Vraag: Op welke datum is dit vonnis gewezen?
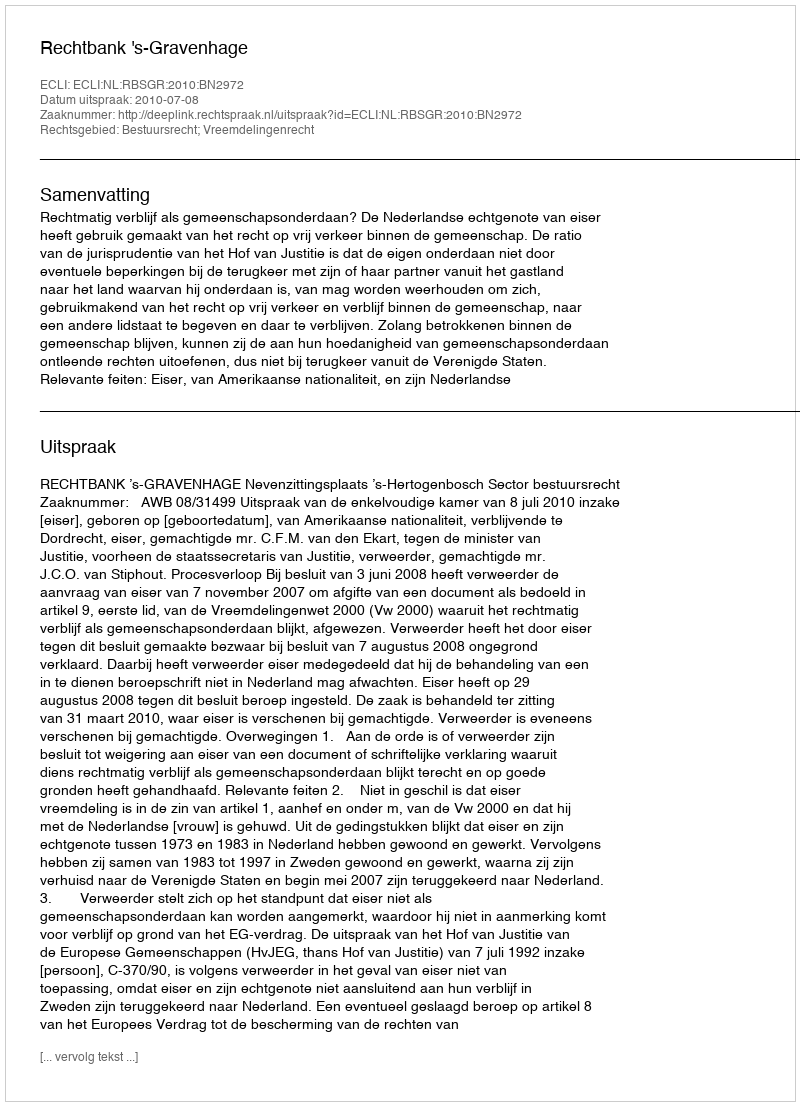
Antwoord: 2010-07-08